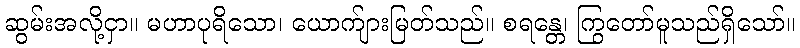
ဆွမ်းအလို့ငှာ။ မဟာပုရိသော၊ ယောက်ျားမြတ်သည်။ စရန္တေ၊ ကြွတော်မူသည်ရှိသော်။